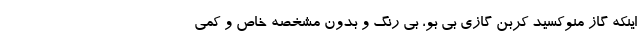
اینکه گاز منوکسید کربن گازی بی بو، بی رنگ و بدون مشخصه خاص و کمی